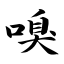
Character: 嗅